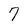
Character: 7